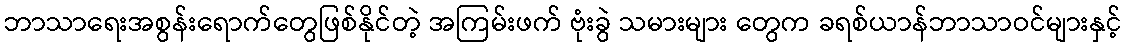
ဘာသာရေးအစွန်းရောက်တွေဖြစ်နိုင်တဲ့ အကြမ်းဖက် ဗုံးခွဲ သမားများ တွေက ခရစ်ယာန်ဘာသာဝင်များနှင့်